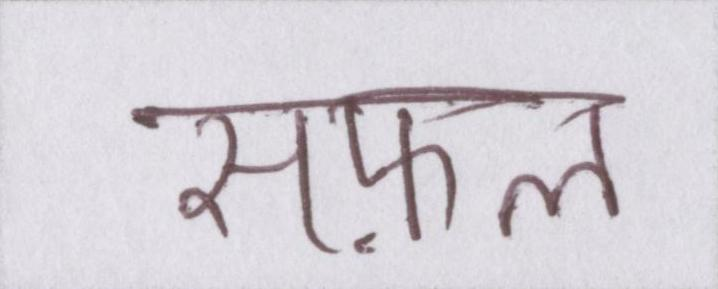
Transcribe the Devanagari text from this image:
सफ़ल